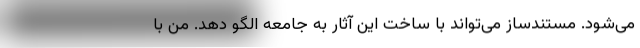
می‌شود. مستندساز می‌تواند با ساخت این آثار به جامعه الگو دهد. من با